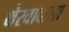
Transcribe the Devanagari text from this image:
थेरवादाला